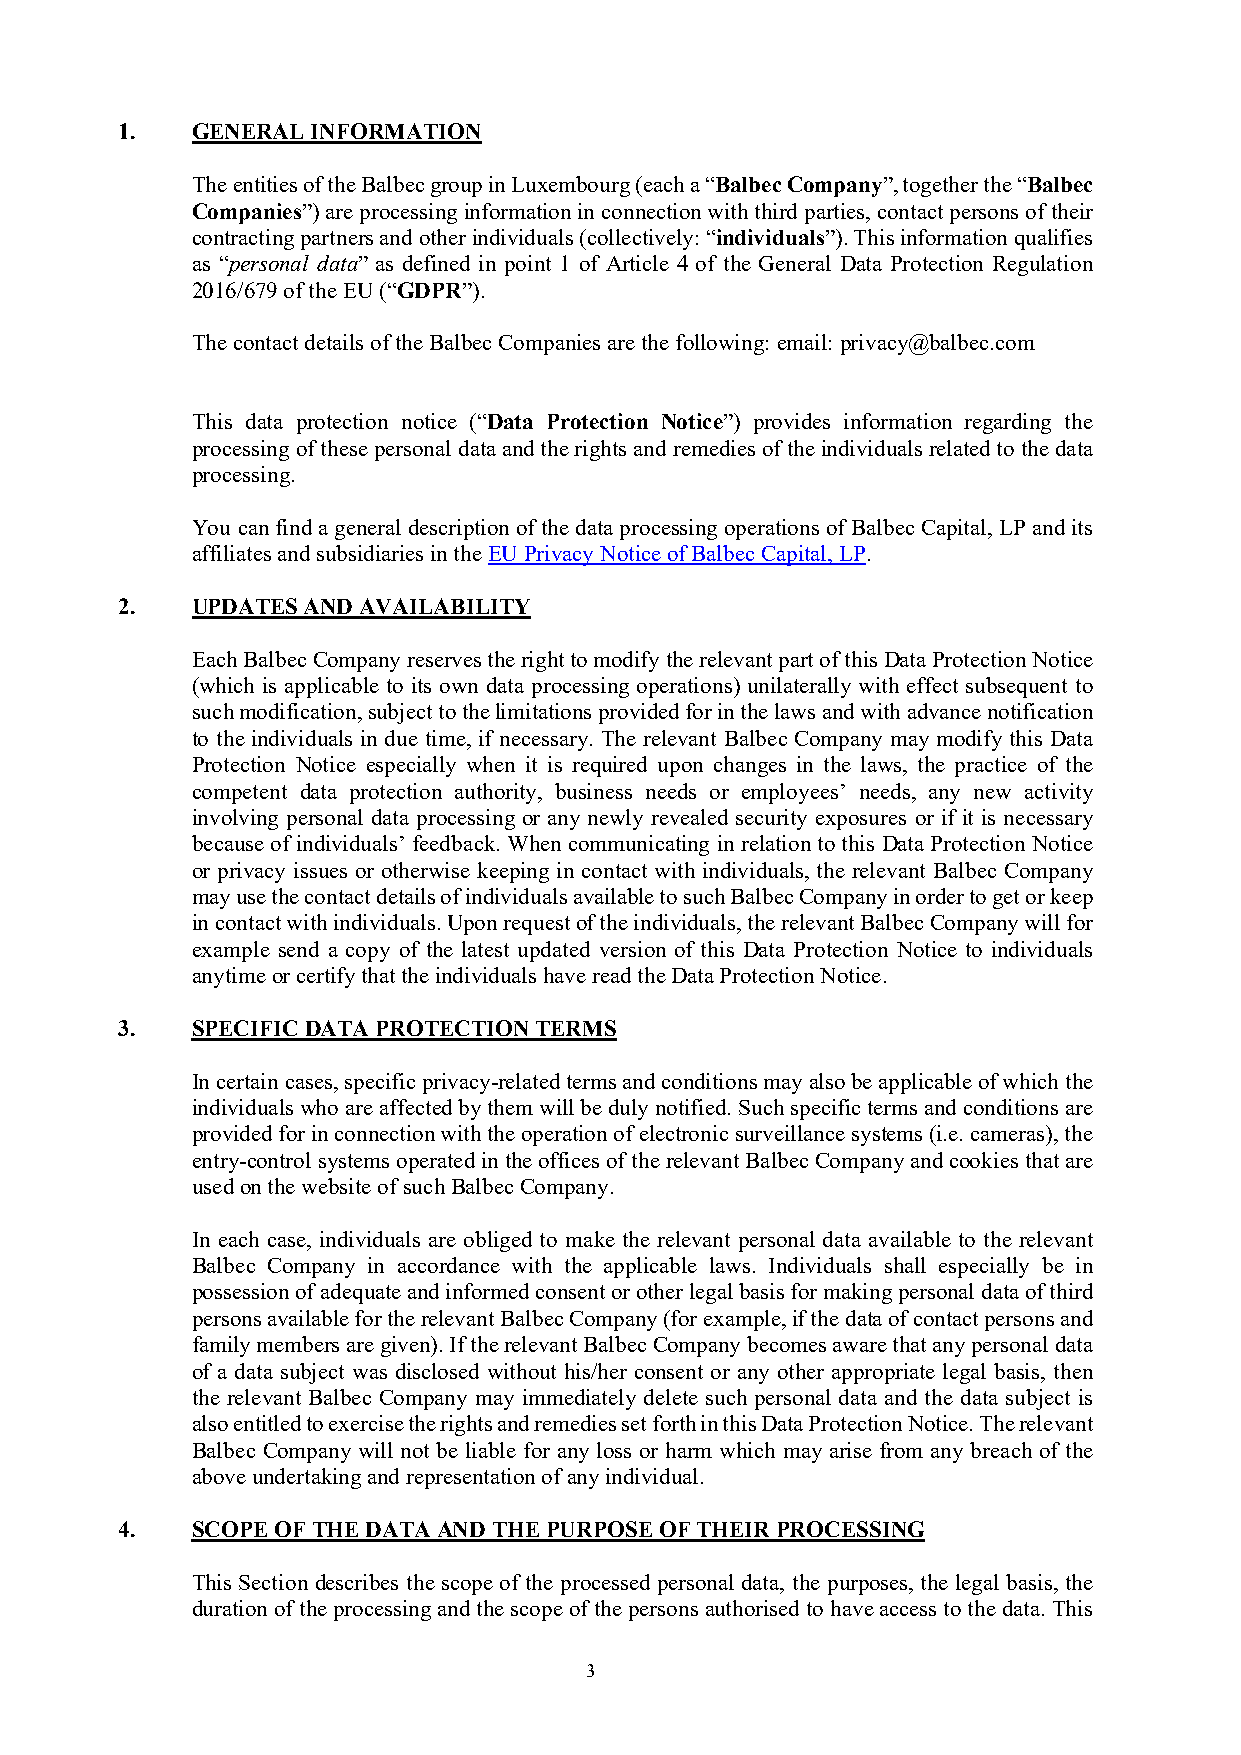
1.   GENERAL INFORMATION
 The entities of the Balbec group in Luxembourg (each a “Balbec Company”, together the “Balbec
 Companies”) are processing information in connection with third parties, contact persons of their
 contracting partners and other individuals (collectively: “individuals”). This information qualifies
 as “personal data” as defined in point 1 of Article 4 of the General Data Protection Regulation
 2016/679 of the EU (“GDPR”).
 The contact details of the Balbec Companies are the following: email: privacy@balbec.com
 This data protection notice (“Data Protection Notice”) provides information regarding the
 processing of these personal data and the rights and remedies of the individuals related to the data
 processing.
 You can find a general description of the data processing operations of Balbec Capital, LP and its
 affiliates and subsidiaries in the EU Privacy Notice of Balbec Capital, LP.
 2.   UPDATES AND AVAILABILITY
 Each Balbec Company reserves the right to modify the relevant part of this Data Protection Notice
 (which is applicable to its own data processing operations) unilaterally with effect subsequent to
 such modification, subject to the limitations provided for in the laws and with advance notification
 to the individuals in due time, if necessary. The relevant Balbec Company may modify this Data
 Protection Notice especially when it is required upon changes in the laws, the practice of the
 competent data protection authority, business needs or employees’ needs, any new activity
 involving personal data processing or any newly revealed security exposures or if it is necessary
 because of individuals’ feedback. When communicating in relation to this Data Protection Notice
 or privacy issues or otherwise keeping in contact with individuals, the relevant Balbec Company
 may use the contact details of individuals available to such Balbec Company in order to get or keep
 in contact with individuals. Upon request of the individuals, the relevant Balbec Company will for
 example send a copy of the latest updated version of this Data Protection Notice to individuals
 anytime or certify that the individuals have read the Data Protection Notice.
 3.   SPECIFIC DATA PROTECTION TERMS
 In certain cases, specific privacy-related terms and conditions may also be applicable of which the
 individuals who are affected by them will be duly notified. Such specific terms and conditions are
 provided for in connection with the operation of electronic surveillance systems (i.e. cameras), the
 entry-control systems operated in the offices of the relevant Balbec Company and cookies that are
 used on the website of such Balbec Company.
 In each case, individuals are obliged to make the relevant personal data available to the relevant
 Balbec Company in accordance with the applicable laws. Individuals shall especially be in
 possession of adequate and informed consent or other legal basis for making personal data of third
 persons available for the relevant Balbec Company (for example, if the data of contact persons and
 family members are given). If the relevant Balbec Company becomes aware that any personal data
 of a data subject was disclosed without his/her consent or any other appropriate legal basis, then
 the relevant Balbec Company may immediately delete such personal data and the data subject is
 also entitled to exercise the rights and remedies set forth in this Data Protection Notice. The relevant
 Balbec Company will not be liable for any loss or harm which may arise from any breach of the
 above undertaking and representation of any individual.
 4.   SCOPE OF THE DATA AND THE PURPOSE OF THEIR PROCESSING
 This Section describes the scope of the processed personal data, the purposes, the legal basis, the
 duration of the processing and the scope of the persons authorised to have access to the data. This
 3